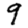
Digit: 9